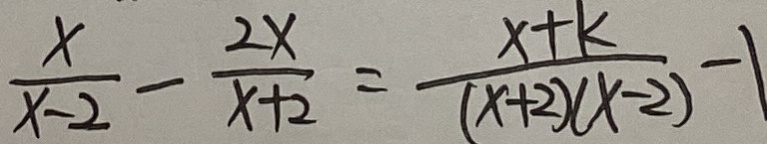
\frac { x } { x - 2 } - \frac { 2 x } { x + 2 } = \frac { x + k } { ( x + 2 ) ( x - 2 ) } - 1